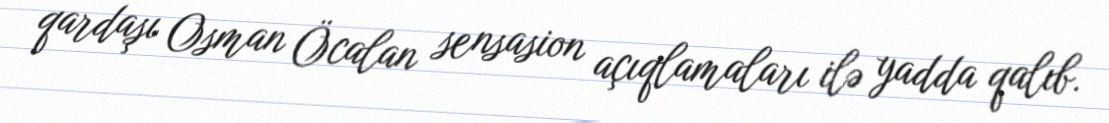
qardaşı Osman Öcalan sensasion açıqlamaları ilə yadda qalıb.